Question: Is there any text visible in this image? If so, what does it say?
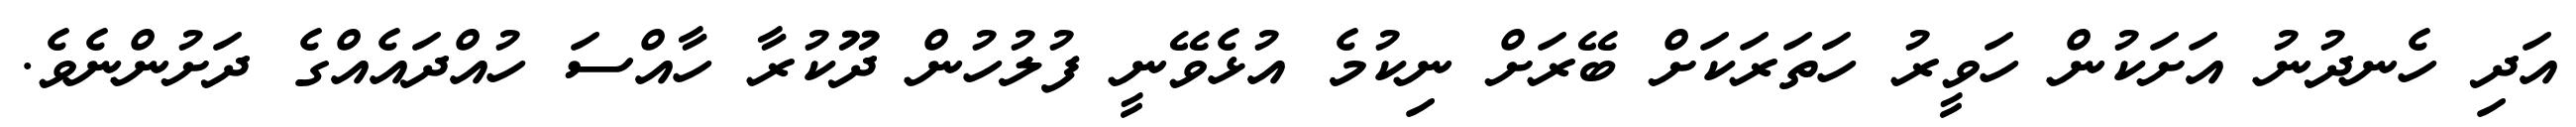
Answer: އަދި ހެނދުނު އަށަކުން ހަވީރު ހަތަރަކަށް ބޭރަށް ނިކުމެ އުޅެވޭނީ ފުލުހުން ދޫކުރާ ހާއްސަ ހުއްދައެއްގެ ދަށުންނެވެ.